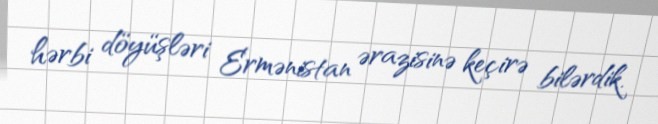
hərbi döyüşləri Ermənistan ərazisinə keçirə bilərdik.